Indian journal of veterinary science and animal husbandry - Volume 12,
Year: 1942
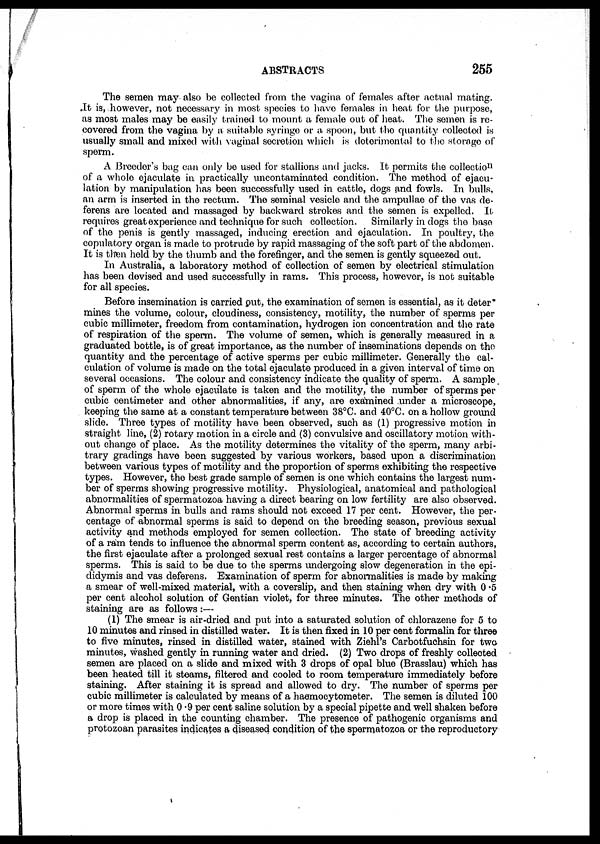
ABSTRACTS
255
The semen may also be collected from the vagina of females after actual mating.
It is, however, not necessary in most species to have females in heat for the purpose,
as most males may be easily trained to mount a female out of heat. The semen is re-
covered from the vagina by a suitable syringe or a spoon, but the quantity collected is
usually small and mixed with vaginal secretion which is deterimental to the storage of
sperm.
A Breeder's bag can only be used for stallions and jacks. It permits the collection
of a whole ejaculate in practically uncontaminated condition. The method of ejacu-
lation by manipulation has been successfully used in cattle, dogs and fowls. In bulls,
an arm is inserted in the rectum. The seminal vesicle and the ampullae of the vas de-
ferens are located and massaged by backward strokes and the semen is expelled. It
requires great experience and technique for such collection. Similarly in dogs the base
of the penis is gently massaged, inducing erection and ejaculation. In poultry, the
copulatory organ is made to protrude by rapid massaging of the soft part of the abdomen.
It is then held by the thumb and the forefinger, and the semen is gently squeezed out.
In Australia, a laboratory method of collection of semen by electrical stimulation
has been devised and used successfully in rams. This process, however, is not suitable
for all species.
Before insemination is carried out, the examination of semen is essential, as it deter¬
mines the volume, colour, cloudiness, consistency, motility, the number of sperms per
cubic millimeter, freedom from contamination, hydrogen ion concentration and the rate
of respiration of the sperm. The volume of semen, which is generally measured in a
graduated bottle, is of great importance, as the number of inseminations depends on the
quantity and the percentage of active sperms per cubic millimeter. Generally the cal-
culation of volume is made on the total ejaculate produced in a given interval of time on
several occasions. The colour and consistency indicate the quality of sperm. A sample
of sperm of the whole ejaculate is taken and the motility, the number of sperms per
cubic centimeter and other abnormalities, if any, are examined under a microscope,
keeping the same at a constant temperature between 38°C. and 40°C. on a hollow ground
slide. Three types of motility have been observed, such as (1) progressive motion in
straight line, (2) rotary motion in a circle and (3) convulsive and oscillatory motion with-
out change of place. As the motility determines the vitality of the sperm, many arbi-
trary gradings have been suggested by various workers, based upon a discrimination
between various types of motility and the proportion of sperms exhibiting the respective
types. However, the best grade sample of semen is one which contains the largest num-
ber of sperms showing progressive motility. Physiological, anatomical and pathological
abnormalities of spermatozoa having a direct bearing on low fertility are also observed.
Abnormal sperms in bulls and rams should not exceed 17 per cent. However, the per-
centage of abnormal sperms is said to depend on the breeding season, previous sexual
activity and methods employed for semen collection. The state of breeding activity
of a ram tends to influence the abnormal sperm content as, according to certain authors,
the first ejaculate after a prolonged sexual rest contains a larger percentage of abnormal
sperms. This is said to be due to the sperms undergoing slow degeneration in the epi-
didymis and vas deferens. Examination of sperm for abnormalities is made by making
a smear of well-mixed material, with a coverslip, and then staining when dry with 0.5
per cent alcohol solution of Gentian violet, for three minutes. The other methods of
staining are as follows:—
(1) The smear is air-dried and put into a saturated solution of chlorazene for 5 to
10 minutes and rinsed in distilled water. It is then fixed in 10 per cent formalin for three
to five minutes, rinsed in distilled water, stained with Ziehl's Carbotfuchsin for two
minutes, washed gently in running water and dried. (2) Two drops of freshly collected
semen are placed on a slide and mixed with 3 drops of opal blue (Brasslau) which has
been heated till it steams, filtered and cooled to room temperature immediately before
staining. After staining it is spread and allowed to dry. The number of sperms per
cubic millimeter is calculated by means of a haemocytometer. The semen is diluted 100
or more times with 0.9 per cent saline solution by a special pipette and well shaken before
a drop is placed in the counting chamber. The presence of pathogenic organisms and
protozoan parasites indicates a diseased condition of the spermatozoa or the reproductory